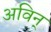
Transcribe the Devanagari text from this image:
अविन्